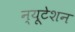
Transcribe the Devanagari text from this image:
न्यूटेशन